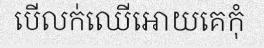
បើលក់ឈើអោយគេកុំ